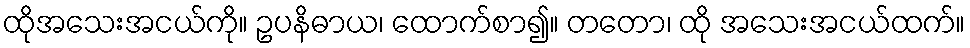
ထိုအသေးအငယ်ကို။ ဥပနိဓာယ၊ ထောက်စာ၍။ တတော၊ ထို အသေးအငယ်ထက်။